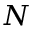
N